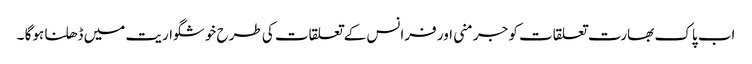
اب پاک بھارت تعلقات کو جرمنی اور فرانس کے تعلقات کی طرح خوشگواریت میں ڈھلنا ہوگا ۔